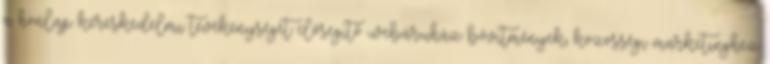
a honlap kereskedelmi tevékenységét elősegítő webáruház bővítmények, közösségi marketinghez